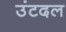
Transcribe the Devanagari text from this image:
उंटदल